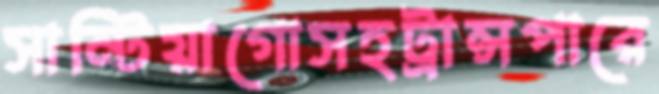
সান্টিয়াগোসহট্রান্সপারে